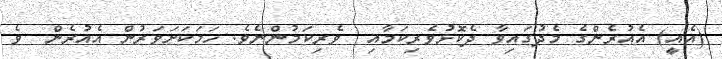
(އެއީ) އެއުރެންގެ މެދުގައިވާ ދެކޮޅުވެރިކަމާއި  ވެރިކަމުންނެވެ. ހަމަކަށަވަރުން އެއުރެން  ވެ